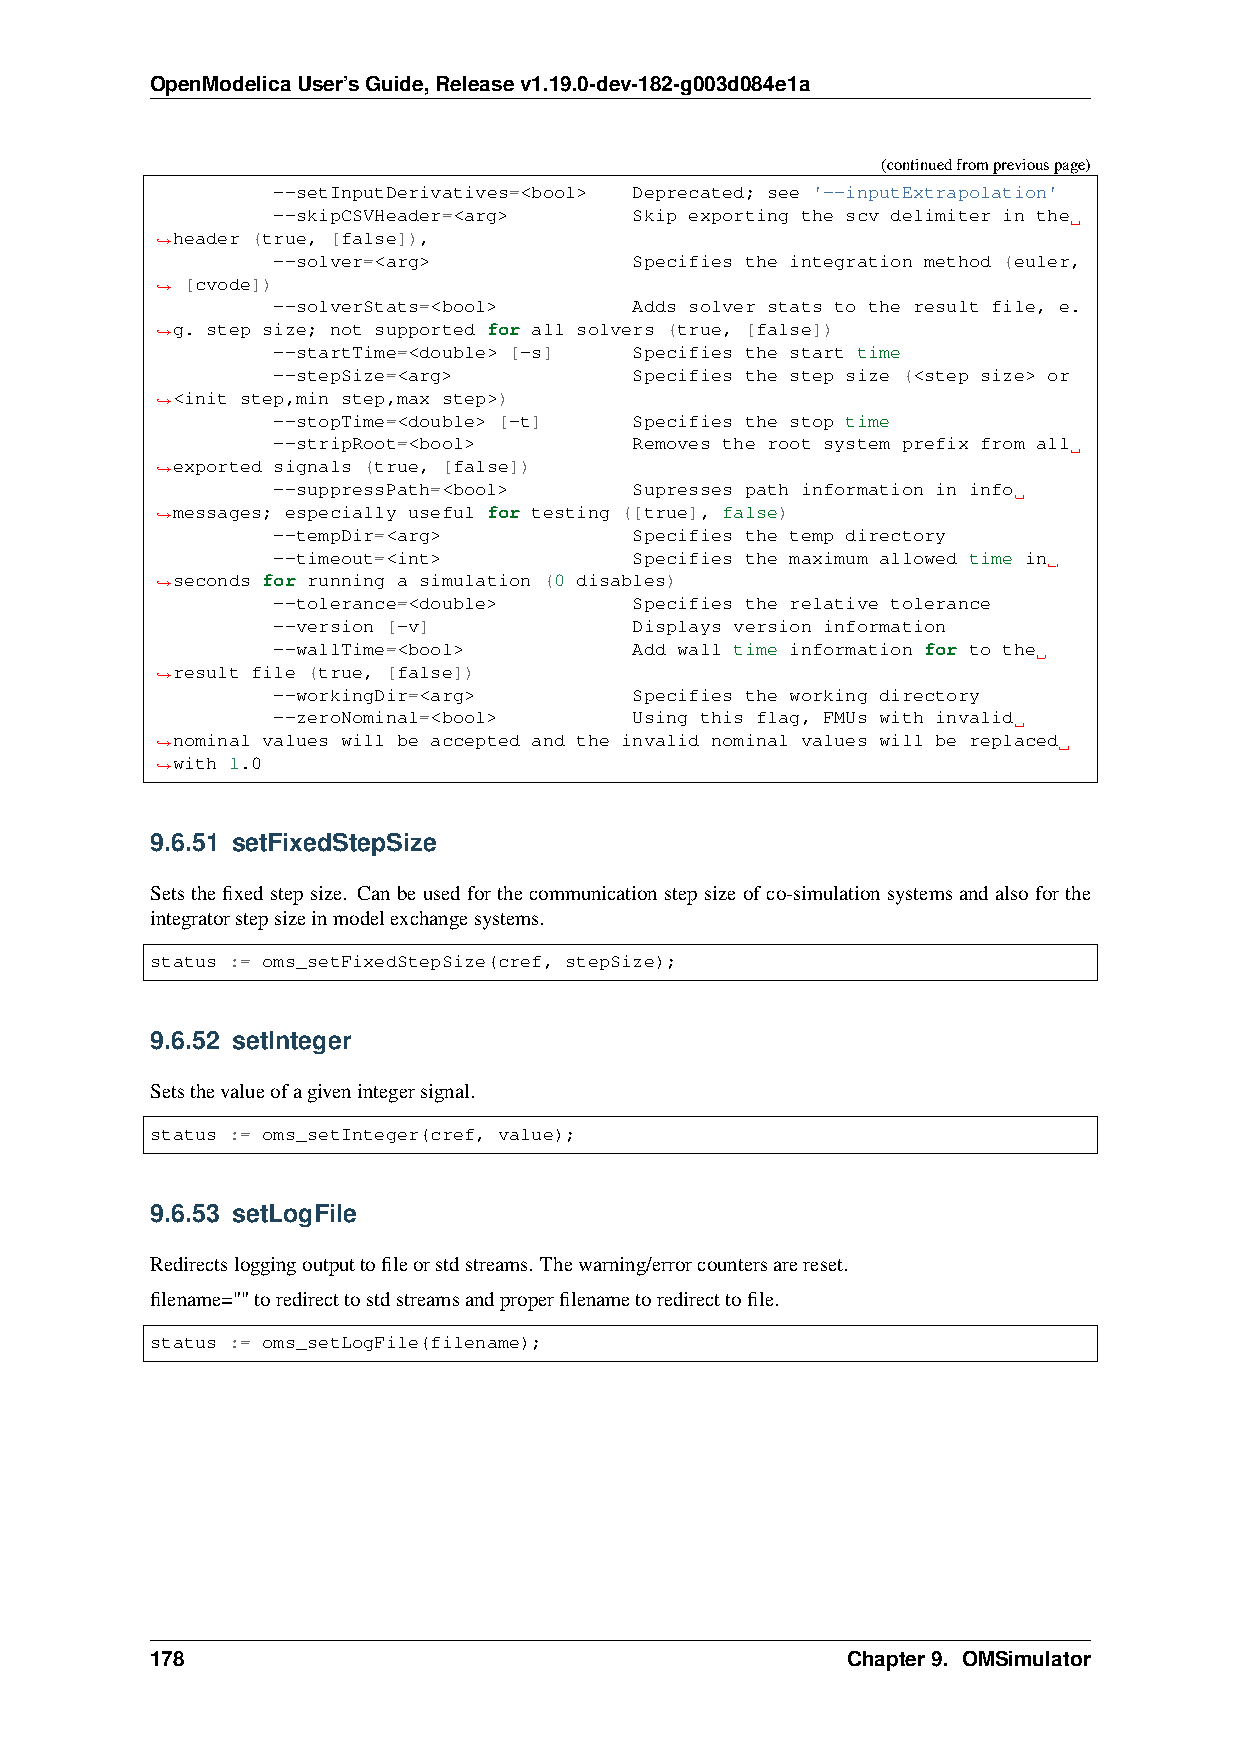
OpenModelicaUser’sGuide,Releasev1.19.0-dev-182-g003d084e1a
 (continuedfrompreviouspage)
 --setInputDerivatives=<bool> Deprecated; see '--inputExtrapolation'
 --skipCSVHeader=<arg>   Skip exporting the scv delimiter in the
 header (true, [false]),
 ˓→
 --solver=<arg>          Specifies the integration method (euler,
 [cvode])
 ˓→
 --solverStats=<bool>    Adds solver stats to the result file, e.
 g. step size; not supported for all solvers (true, [false])
 ˓→
 --startTime=<double> [-s] Specifies the start time
 --stepSize=<arg>        Specifies the step size (<step size> or
 <init step,min step,max step>)
 ˓→
 --stopTime=<double> [-t] Specifies the stop time
 --stripRoot=<bool>      Removes the root system prefix from all
 exported signals (true, [false])
 ˓→
 --suppressPath=<bool>   Supresses path information in info
 messages; especially useful for testing ([true], false)
 ˓→
 --tempDir=<arg>         Specifies the temp directory
 --timeout=<int>         Specifies the maximum allowed time in
 seconds for running a simulation (0 disables)
 ˓→
 --tolerance=<double>    Specifies the relative tolerance
 --version [-v]          Displays version information
 --wallTime=<bool>       Add wall time information for to the
 result file (true, [false])
 ˓→
 --workingDir=<arg>      Specifies the working directory
 --zeroNominal=<bool>    Using this flag, FMUs with invalid
 nominal values will be accepted and the invalid nominal values will be replaced
 ˓→
 with 1.0
 ˓→
 9.6.51 setFixedStepSize
 Sets the fixed step size. Can be used for the communication step size of co-simulation systems and also for the
 integratorstepsizeinmodelexchangesystems.
 status := oms_setFixedStepSize(cref, stepSize);
 9.6.52 setInteger
 Setsthevalueofagivenintegersignal.
 status := oms_setInteger(cref, value);
 9.6.53 setLogFile
 Redirectsloggingoutputtofileorstdstreams. Thewarning/errorcountersarereset.
 filename=""toredirecttostdstreamsandproperfilenametoredirecttofile.
 status := oms_setLogFile(filename);
 178                                           Chapter9. OMSimulator